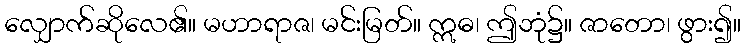
လျှောက်ဆိုလေ၏။ မဟာရာဇ၊ မင်းမြတ်။ ဣဓ၊ ဤဘုံ၌။ ဇာတော၊ ဖွား၍။